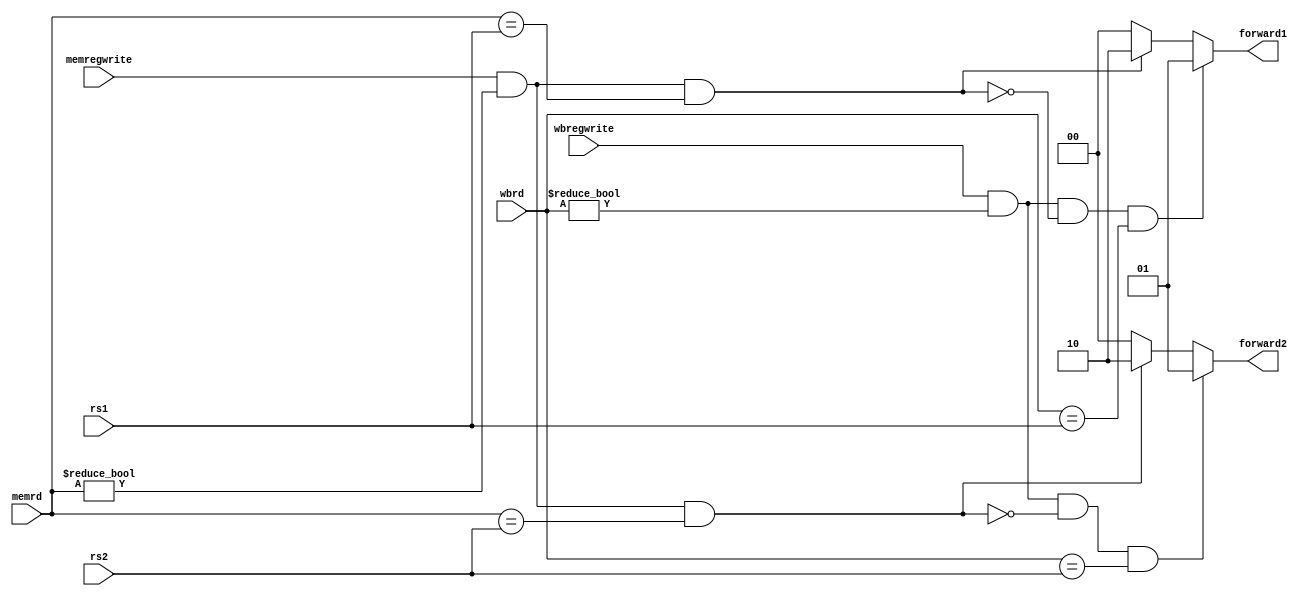
module Forward(
    rs1,
    rs2,
    memregwrite,
    memrd,
    wbregwrite,
    wbrd,
    forward1,
    forward2
);

input [4:0] rs1;
input [4:0] rs2;
input memregwrite;
input [4:0] memrd;
input wbregwrite;
input [4:0] wbrd;
output [1:0] forward1;
output [1:0] forward2;

reg [1:0] forward1;
reg [1:0] forward2;

always @* begin
    forward1 = 2'b00;
    forward2 = 2'b00;
    if (memregwrite && memrd != 1'b0 && memrd == rs1)
        begin
            forward1[1:0] = 2'b10;
        end
    if (memregwrite && memrd != 1'b0 && memrd == rs2)
        begin
            forward2[1:0] = 2'b10;
        end
    if (wbregwrite && wbrd != 1'b0 && !(memregwrite && memrd != 1'b0 && memrd == rs1) && wbrd == rs1)
        begin
            forward1[1:0] = 2'b01;
        end
    if (wbregwrite && wbrd != 1'b0 && !(memregwrite && memrd != 1'b0 && memrd == rs2) && wbrd == rs2)
        begin
            forward2[1:0] = 2'b01;
        end
end

endmodule